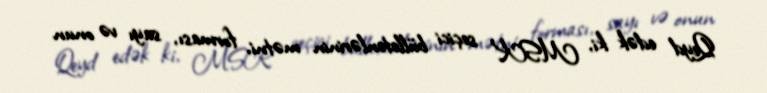
Qeyd edək ki, MSK seçici bülletenlərinin mətni, forması, sayı və onun